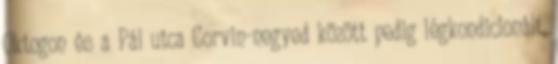
Oktogon és a Pál utca Corvin-negyed között pedig légkondicionált,